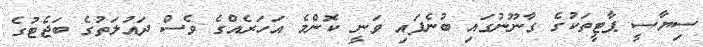
ސިޔާސީ ޕާޓީތަކުގެ ގާނޫނުގައި ބުނެފައި ވަނީ ކޮންމެ އަހަރެއްގެ ވެސް ދައުލަތުގެ ބަޖެޓުގެ